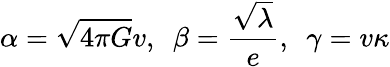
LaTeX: \alpha=\sqrt{4\pi G}v,\ \ \beta=\frac{\sqrt{\lambda}}{e},\ \ \gamma=v\kappa